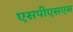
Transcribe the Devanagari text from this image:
एसपीएसएस